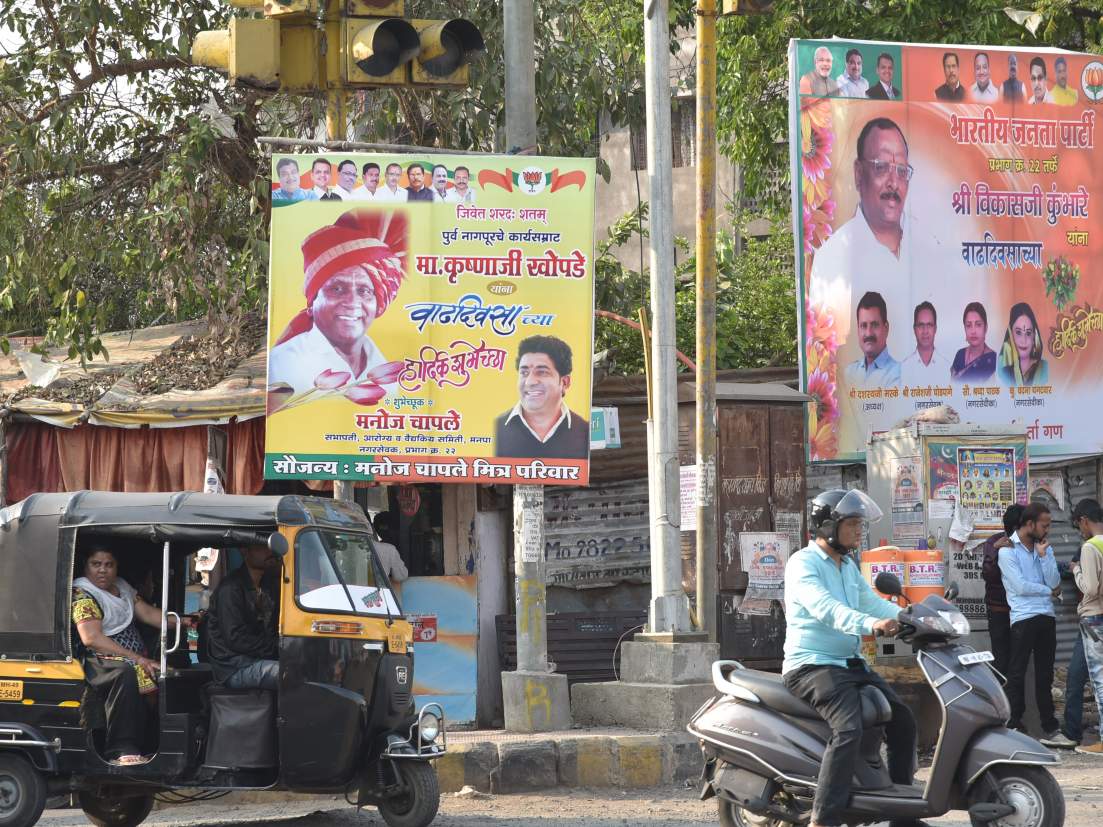
Language: marathi
Transcription: शेतम जिवेत कार्यसम्राट मा.कृष्णाजी श्री कुंभारे चापले सौजन्य मनोज मित्र परिवार जनता पार्टी वाढदिवसाच्या हार्दिकशुभेच्छा मनोज भारतीय वाढदिवसा चापले शरद खोपडे विकासजी